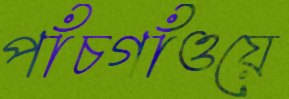
পাঁচগাঁওয়ে